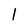
Character: 1